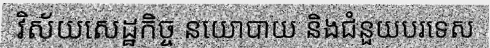
វិស័យសេដ្ឋកិច្ច នយោបាយ និងជំនួយបរទេស